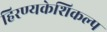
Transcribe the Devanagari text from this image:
हिरण्यकेशिकल्प